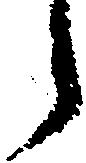
う